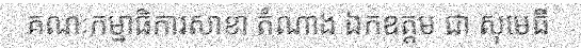
គណៈកម្មាធិការសាខា តំណាង ឯកឧត្តម ជា សុមេធី